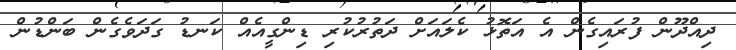
ދިއްދޫން ފުރައިގެން އެ އަތޮޅު ކެލައަށް ދަތުރުކުރި ޑިންގީއެއް ކަނޑު ގަދަވެގެން ބަންޑުން